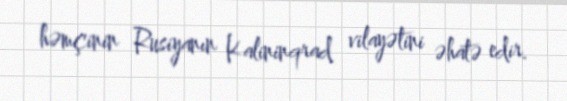
həmçinin Rusiyanın Kalininqrad vilayətini əhatə edir.